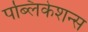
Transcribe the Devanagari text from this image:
पब्‍लिकेशन्‍स